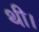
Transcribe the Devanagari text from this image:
थी।